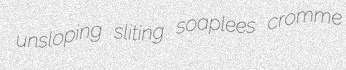
unsloping sliting soaplees cromme